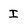
Character: I